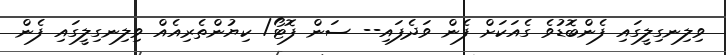
ވިލިނގިލީގައި ފެންބޮޑުވެ ގެއަކަށް ފެން ވަދެފައި-- ސަން ފޮޓޯ/ ކިޔުންތެރިއެއް ވިލިނގިލީގައި ފެން